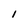
Character: l